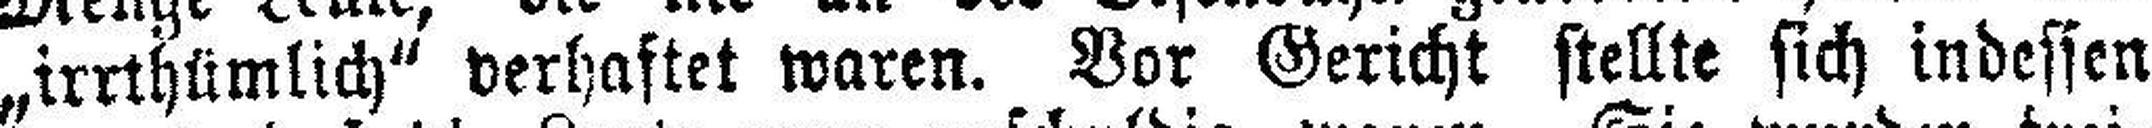
„irrthümlich“ verhaftet waren. Vor Gericht stellte sich indessen